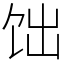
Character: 饳